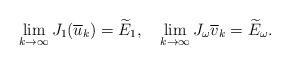
\begin{align*}\lim_{k\rightarrow\infty}J_{1}(\overline{u}_{k})=\widetilde{E}_{1},\ \ \ \lim_{k\rightarrow\infty}J_{\omega}\overline{v}_{k}=\widetilde{E}_{\omega}.\end{align*}